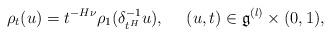
LaTeX: \begin{align*}\rho_{t}(u)=t^{-H\nu}\rho_{1}(\delta^{-1}_{t^{H}}u),\ \ \ \ (u,t)\in\mathfrak{g}^{(l)}\times(0,1),\end{align*}